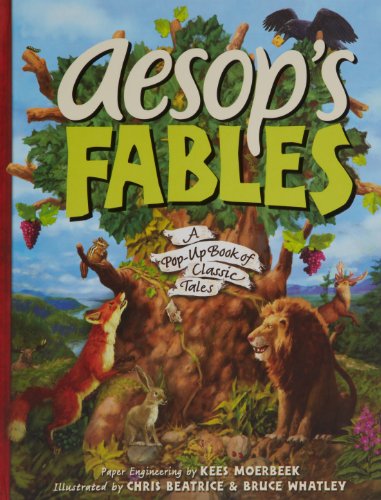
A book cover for Aesop's Fables: A Pop-Up Book of Classic Tales; Kees Moerbeek; Literature & Fiction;